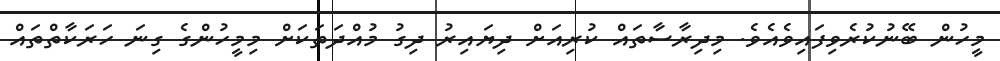
މީހުން ބޭނުކުރެވިފައިވެއެވެ. މިދިރާސާތައް ކުރިއަށް ދިޔައިރު ދިގު މުއްދަތަކަށް މިމީހުންގެ ގިނަ ހަރަކާތްތައް